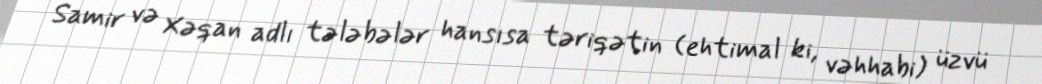
Samir və Xəqan adlı tələbələr hansısa təriqətin (ehtimal ki, vəhhabi) üzvü